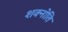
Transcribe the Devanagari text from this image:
शक्नोति